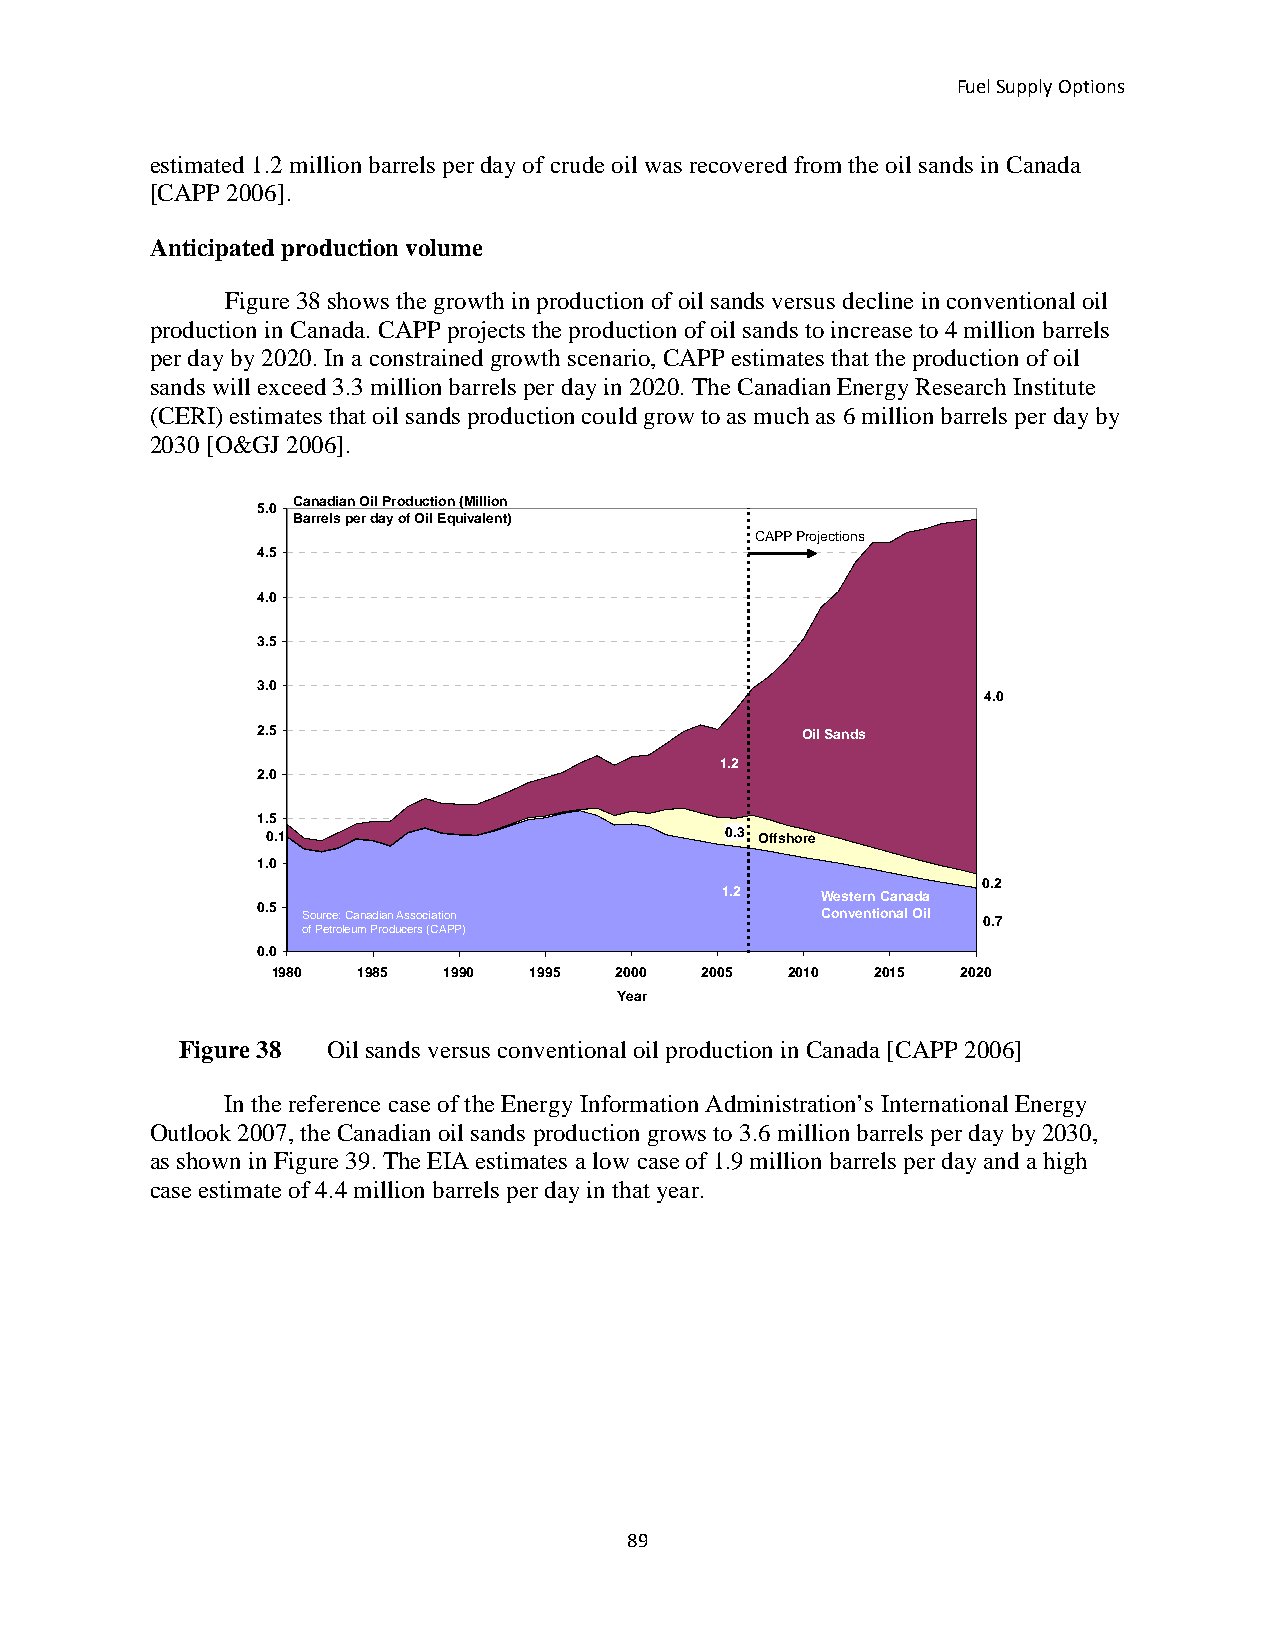
Fuel Supply Options
 estimated 1.2 million barrels per day of crude oil was recovered from the oil sands in Canada
 [CAPP 2006].
 Anticipated production volume
 Figure 38 shows the growth in production of oil sands versus decline in conventional oil
 production in Canada. CAPP projects the production of oil sands to increase to 4 million barrels
 per day by 2020. In a constrained growth scenario, CAPP estimates that the production of oil
 sands will exceed 3.3 million barrels per day in 2020. The Canadian Energy Research Institute
 (CERI) estimates that oil sands production could grow to as much as 6 million barrels per day by
 2030 [O&GJ 2006].
 Canadian Oil Production (Million
 5.0
 Barrels per day of Oil Equivalent)
 CAPP Projections
 4.5
 4.0
 3.5
 3.0
 4.0
 2.5                                 Oil Sands
 1.2
 2.0
 1.5
 0.1                           0.3 Offshore
 1.0
 0.2
 1.2   Western Canada
 0.5 Source: Canadian Association     Conventional Oil 0.7
 of Petroleum Producers (CAPP)
 0.0
 1980  1985 1990  1995  2000 2005  2010  2015  2020
 Year
 Figure 38 Oil sands versus conventional oil production in Canada [CAPP 2006]
 In the reference case of the Energy Information Administration’s International Energy
 Outlook 2007, the Canadian oil sands production grows to 3.6 million barrels per day by 2030,
 as shown in Figure 39. The EIA estimates a low case of 1.9 million barrels per day and a high
 case estimate of 4.4 million barrels per day in that year.
 89